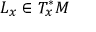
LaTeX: L _ { x } \in T _ { x } ^ { * } M